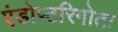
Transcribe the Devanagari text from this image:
एंडोप्टरिगोटा